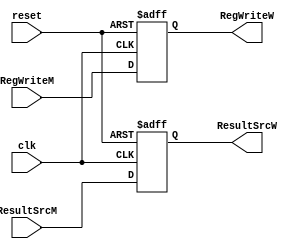
/*
	Name: Control Unit Pipeline Register for Memory Access - WriteBack Stage
	
*/


module c_IM_IW (clk, reset, RegWriteM, ResultSrcM, RegWriteW, ResultSrcW);
input  clk, reset;
                input RegWriteM; 
                input  [1:0] ResultSrcM;
                output reg RegWriteW; 
                output reg [1:0] ResultSrcW;

    always @( posedge clk, posedge reset ) begin
        if (reset) begin
            RegWriteW <= 0;
            ResultSrcW <= 0;           
        end

        else begin
            RegWriteW <= RegWriteM;
            ResultSrcW <= ResultSrcM; // lol this wasted 1 hour
        end

    end

endmodule